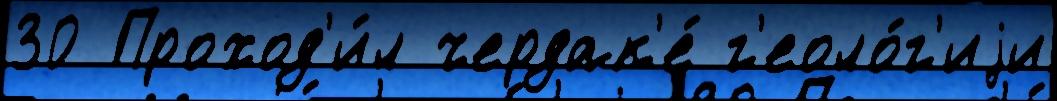
30 Проход'и́л чердак'е́ г'еоло́г'иjи